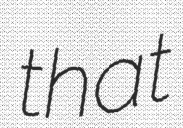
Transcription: that